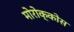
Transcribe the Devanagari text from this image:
मोरोक्कोस